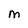
Character: M